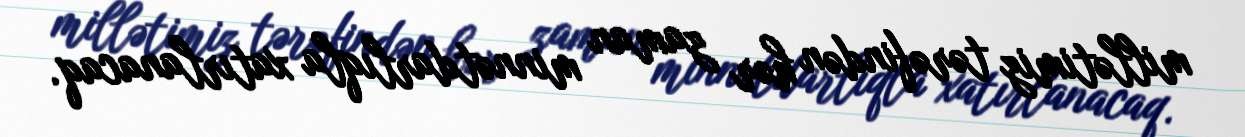
millətimiz tərəfindən hər zaman minnətdarlıqla xatırlanacaq.